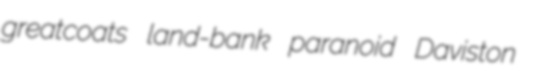
greatcoats land-bank paranoid Daviston